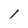
Character: l